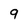
Character: 9